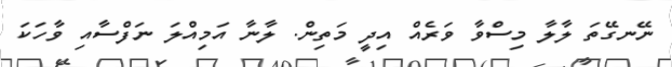
ނޭނގޭތަ ލާލާ މިސްވާ ވަރެއް އިދީ މަތިން. ލާނާ އަމިއްލަ ނަފްސާއި ވާހަކަ